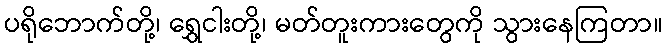
ပရိုဘောက်တို့၊ ရွှေငါးတို့၊ မတ်တူးကားတွေကို သွားနေကြတာ။